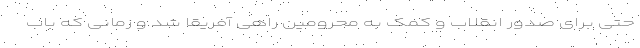
حتی برای صدور انقلاب و کمک به محرومین راهی آفریقا شد و زمانی که باب